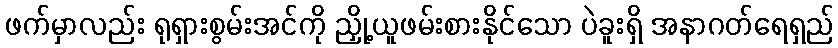
ဖက်မှာလည်း ရုရှားစွမ်းအင်ကို ညှို့ယူဖမ်းစားနိုင်သော ပဲခူးရှိ အနာဂတ်ရေရှည်